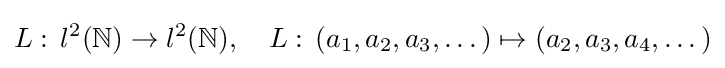
L:\,l^{2}(\mathbb {N} )\to l^{2}(\mathbb {N} ),\quad L:\,(a_{1},a_{2},a_{3},\dots )\mapsto (a_{2},a_{3},a_{4},\dots )